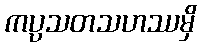
ကပ္ပသတသဟဿမှိ